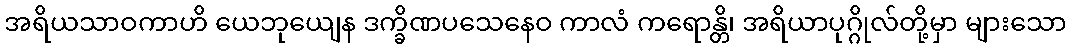
အရိယသာဝကာဟိ ယေဘုယျေန ဒက္ခိဏပသေနေဝ ကာလံ ကရောန္တိ၊ အရိယာပုဂ္ဂိုလ်တို့မှာ များသော